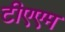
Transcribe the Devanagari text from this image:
टीएएम